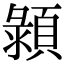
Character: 𩓪